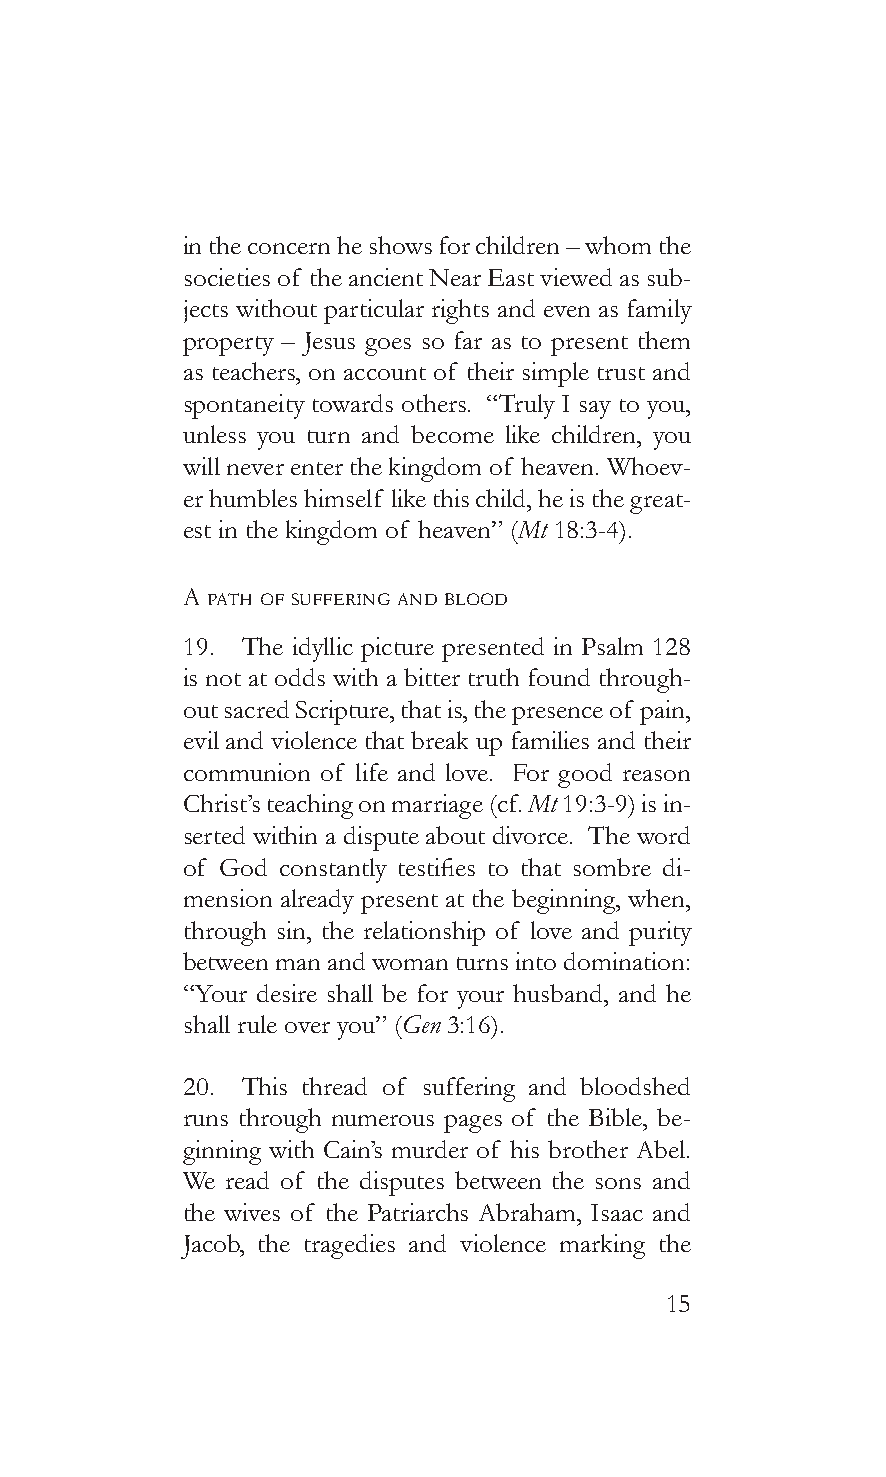
in the concern he shows for children – whom the
 societies of the ancient Near East viewed as sub-
 jects without particular rights and even as family
 property – Jesus goes so far as to present them
 as teachers, on account of their simple trust and
 spontaneity towards others. “Truly I say to you,
 unless you turn and become like children, you
 will never enter the kingdom of heaven. Whoev-
 er humbles himself like this child, he is the great-
 est in the kingdom of heaven” (Mt 18:3-4).
 a paTh of sufferinG and bLood
 19. The idyllic picture presented in Psalm 128
 is not at odds with a bitter truth found through-
 out sacred Scripture, that is, the presence of pain,
 evil and violence that break up families and their
 communion of life and love. For good reason
 Christ’s teaching on marriage (cf. Mt 19:3-9) is in-
 serted within a dispute about divorce. The word
 of God constantly testifies to that sombre di-
 mension already present at the beginning, when,
 through sin, the relationship of love and purity
 between man and woman turns into domination:
 “Your desire shall be for your husband, and he
 shall rule over you” (Gen 3:16).
 20. This thread of suffering and bloodshed
 runs through numerous pages of the Bible, be-
 ginning with Cain’s murder of his brother Abel.
 We read of the disputes between the sons and
 the wives of the Patriarchs Abraham, Isaac and
 Jacob, the tragedies and violence marking the
 15